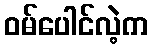
ဝမ်ပေါင်လဲ့က